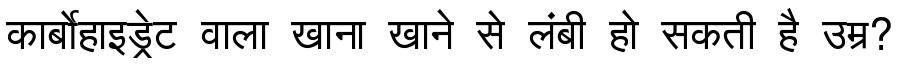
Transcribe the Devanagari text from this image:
कार्बोहाइड्रेट वाला खाना खाने से लंबी हो सकती है उम्र?